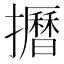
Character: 𱡌